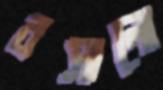
রসালো